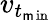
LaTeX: v_{t_{\operatorname*{\mathsf{m}in}}}